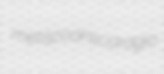
metazoans coragio